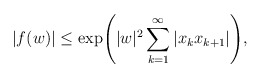
\begin{align*}|f(w)|\leq\exp\!\left(|w|^{2}\sum_{k=1}^{\infty}\left|x_{k}x_{k+1}\right|\right)\!,\end{align*}